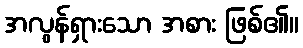
အလွန်ရှားသော အစား ဖြစ်၏။